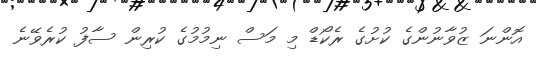
އޮންނަ ޒުވާނުންގެ ކުށުގެ ރެކޯޑް މި މަސް ނިމުމުގެ ކުރިން ސާފު ކުރެވޭނެ